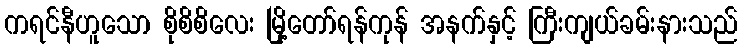
ကရင်နီဟူသော စိုစိစိလေး မြို့တော်ရန်ကုန် အနက်နှင့် ကြီးကျယ်ခမ်းနားသည်